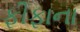
ફીફાના